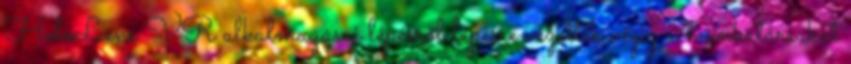
HoloLens VR alkalmazásai lépésről lépésre vezették végig a munkatársakat